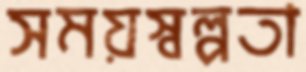
সময়স্বল্পতা